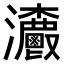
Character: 𤅯